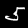
Digit: 5